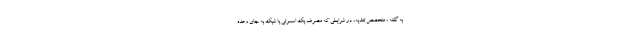
به گفته ، متخصص تغذیه، در شرایطی که مصرف یک اسموتی یا شیک به جای وعده